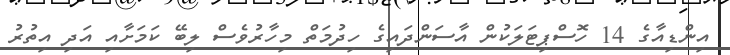
އިންޑިއާގެ 14 ހޮސްޕިޓަލަކުން އާސަންދައިގެ ހިދުމަތް މިހާރުވެސް ލިބޭ ކަމަށާއި އަދި އިތުރު